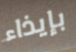
بإيذاء